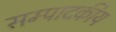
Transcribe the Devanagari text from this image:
सम्‍पादकीय